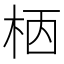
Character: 𣐸